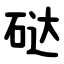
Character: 鿎